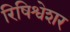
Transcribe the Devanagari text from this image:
रिषिश्वेशर